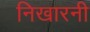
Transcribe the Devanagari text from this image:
निखारनी